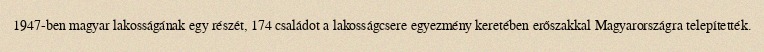
1947-ben magyar lakosságának egy részét, 174 családot a lakosságcsere egyezmény keretében erőszakkal Magyarországra telepítették.